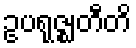
ဥပရုဇ္ဈတီတိ